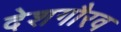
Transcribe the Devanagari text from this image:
देशगौरव